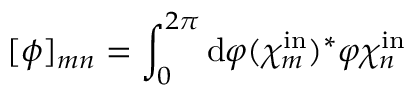
[ \phi ] _ { m n } = \int _ { 0 } ^ { 2 \pi } \mathrm { d } \varphi ( \chi _ { m } ^ { \mathrm { i n } } ) ^ { * } \varphi \chi _ { n } ^ { \mathrm { i n } }